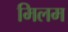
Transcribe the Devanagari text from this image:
मिलम